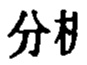
分相